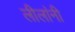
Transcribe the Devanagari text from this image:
लीलांनी